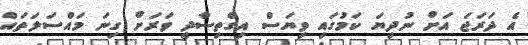
އެ ދަރަޖަ އަށް ނުދިޔަ ކަމުގައި ވިޔަސް އިގްތިސާދީ ވަރަށް ގިނަ މައްސަލަތައް